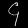
Digit: ၄